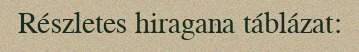
Részletes hiragana táblázat: